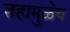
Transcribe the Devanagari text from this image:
तहामुळेच